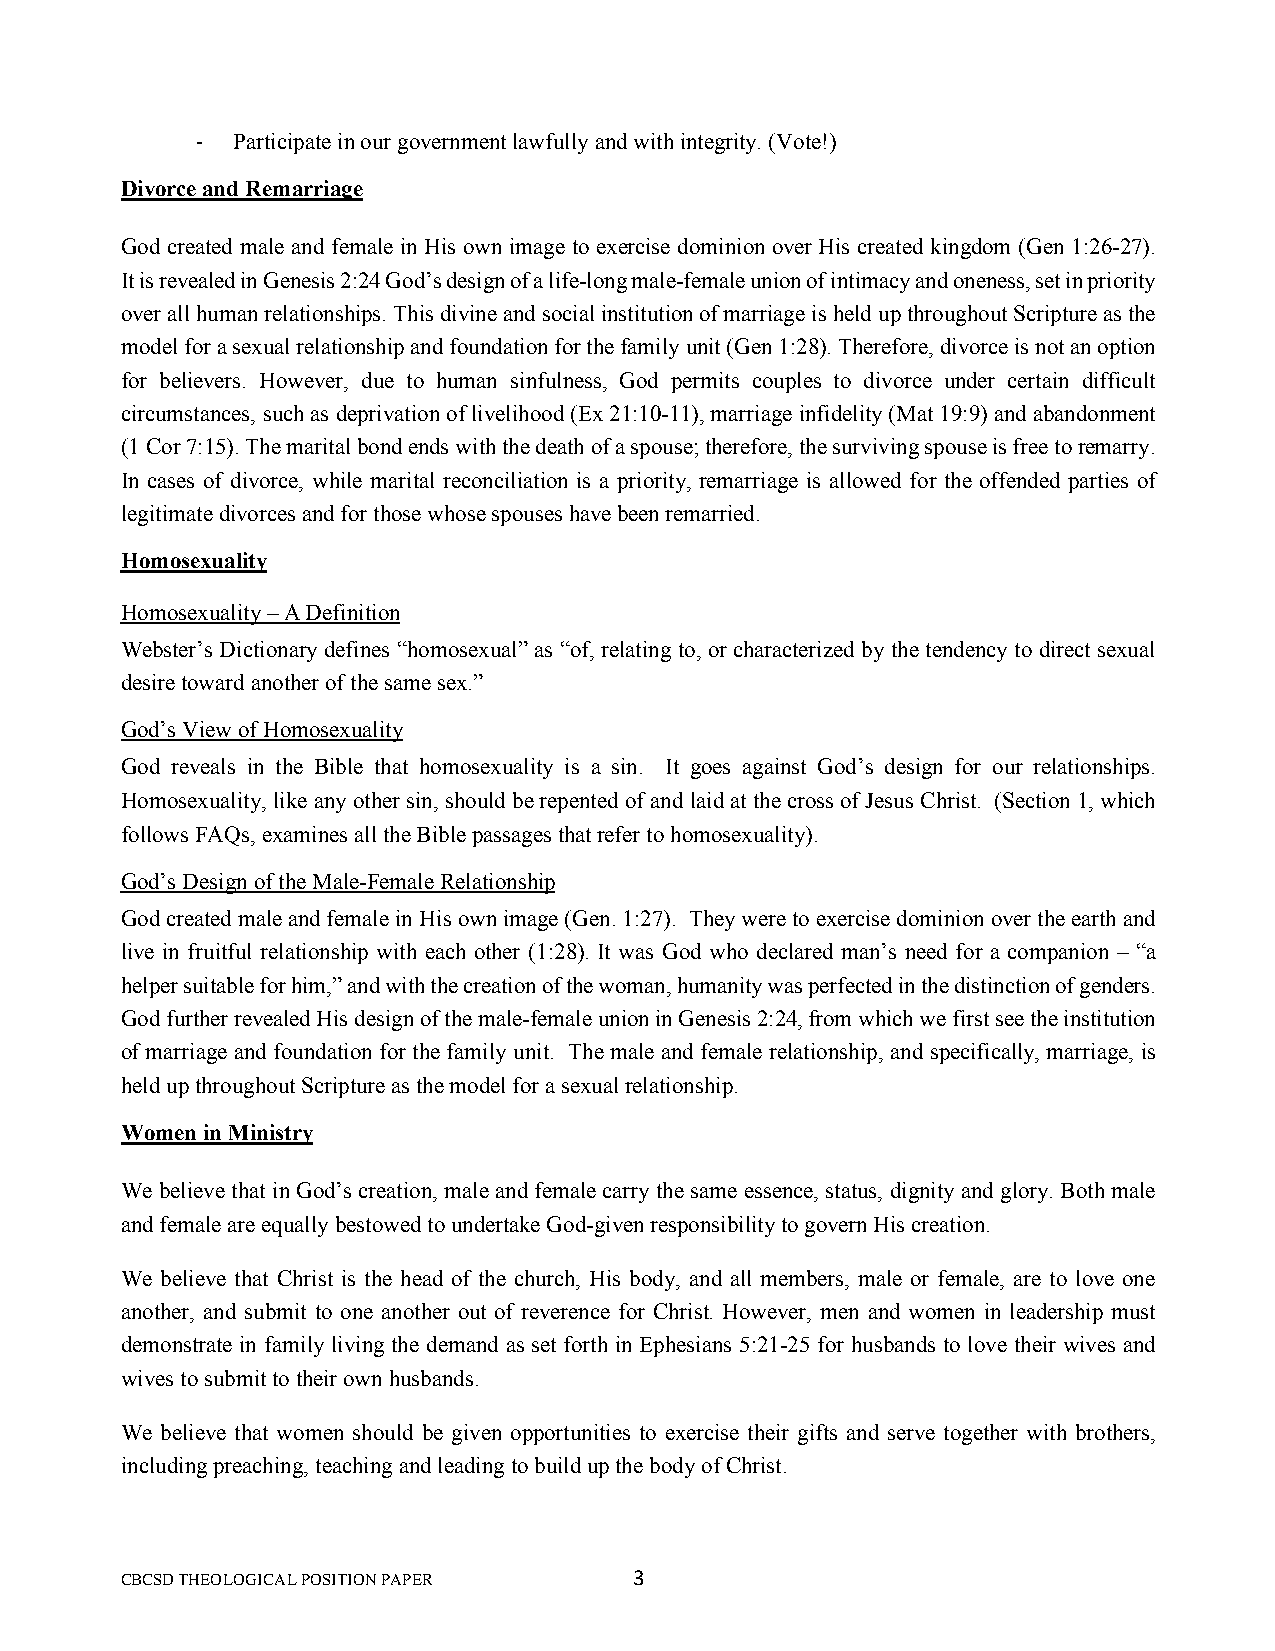
- Participate in our government lawfully and with integrity. (Vote!)
 Divorce and Remarriage
 God created male and female in His own image to exercise dominion over His created kingdom (Gen 1:26-27).
 It is revealed in Genesis 2:24 God’s design of a life-long male-female union of intimacy and oneness, set in priority
 over all human relationships. This divine and social institution of marriage is held up throughout Scripture as the
 model for a sexual relationship and foundation for the family unit (Gen 1:28). Therefore, divorce is not an option
 for believers. However, due to human sinfulness, God permits couples to divorce under certain difficult
 circumstances, such as deprivation of livelihood (Ex 21:10-11), marriage infidelity (Mat 19:9) and abandonment
 (1 Cor 7:15). The marital bond ends with the death of a spouse; therefore, the surviving spouse is free to remarry.
 In cases of divorce, while marital reconciliation is a priority, remarriage is allowed for the offended parties of
 legitimate divorces and for those whose spouses have been remarried.
 Homosexuality
 Homosexuality – A Definition
 Webster’s Dictionary defines “homosexual” as “of, relating to, or characterized by the tendency to direct sexual
 desire toward another of the same sex.”
 God’s View of Homosexuality
 God reveals in the Bible that homosexuality is a sin. It goes against God’s design for our relationships.
 Homosexuality, like any other sin, should be repented of and laid at the cross of Jesus Christ. (Section 1, which
 follows FAQs, examines all the Bible passages that refer to homosexuality).
 God’s Design of the Male-Female Relationship
 God created male and female in His own image (Gen. 1:27). They were to exercise dominion over the earth and
 live in fruitful relationship with each other (1:28). It was God who declared man’s need for a companion – “a
 helper suitable for him,” and with the creation of the woman, humanity was perfected in the distinction of genders.
 God further revealed His design of the male-female union in Genesis 2:24, from which we first see the institution
 of marriage and foundation for the family unit. The male and female relationship, and specifically, marriage, is
 held up throughout Scripture as the model for a sexual relationship.
 Women in Ministry
 We believe that in God’s creation, male and female carry the same essence, status, dignity and glory. Both male
 and female are equally bestowed to undertake God-given responsibility to govern His creation.
 We believe that Christ is the head of the church, His body, and all members, male or female, are to love one
 another, and submit to one another out of reverence for Christ. However, men and women in leadership must
 demonstrate in family living the demand as set forth in Ephesians 5:21-25 for husbands to love their wives and
 wives to submit to their own husbands.
 We believe that women should be given opportunities to exercise their gifts and serve together with brothers,
 including preaching, teaching and leading to build up the body of Christ.
 CBCSD THEOLOGICAL POSITION PAPER  3